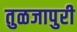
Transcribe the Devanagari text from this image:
तुळजापुरी